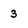
Character: 3